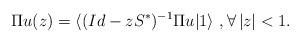
LaTeX: \begin{align*}\Pi u(z)= \langle (Id-zS^*)^{-1}\Pi u | 1\rangle \ , \forall \, |z|<1.\end{align*}